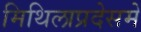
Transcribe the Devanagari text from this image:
मिथिलाप्रदेसमे